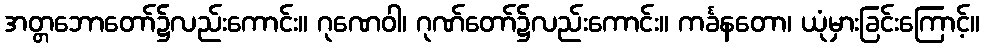
အတ္တဘောတော်၌လည်းကောင်း။ ဂုဏေဝါ၊ ဂုဏ်တော်၌လည်းကောင်း။ ကင်္ခနတော၊ ယုံမှားခြင်းကြောင့်။